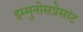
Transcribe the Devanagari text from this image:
इम्मुनोसप्रेसांट